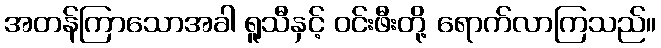
အတန်ကြာသောအခါ ရူသီနှင့် ဝင်းဖီးတို့ ရောက်လာကြသည်။